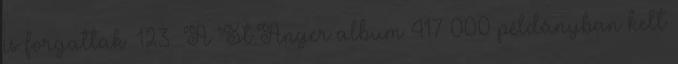
is forgattak. 123 A St.Anger album 417 000 példányban kelt